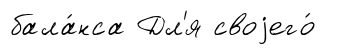
бала́нса Дл'я своjего́